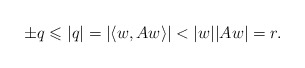
\begin{align*} \pm q\leqslant |q| = \left|\left\langle w,Aw\right\rangle\right| < |w||Aw| = r. \end{align*}